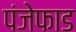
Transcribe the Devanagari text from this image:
पंजेफाड